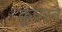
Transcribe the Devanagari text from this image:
कूपरने